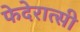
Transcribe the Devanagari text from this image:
फेदेरात्सी